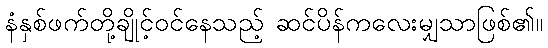
နံနှစ်ဖက်တို့ချိုင့်ဝင်နေသည့် ဆင်ပိန်ကလေးမျှသာဖြစ်၏။